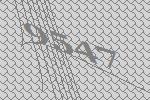
9547